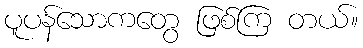
ပူပန်သောကတွေ ဖြစ်ကြ တယ်။